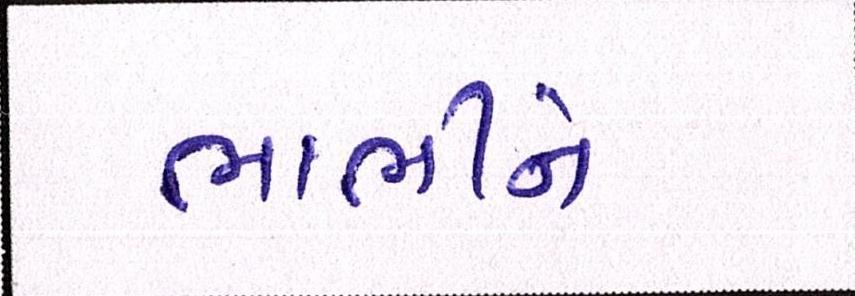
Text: ભાભીને